Bombay plague: being a history of the progress of plague in the Bombay presidency from September 1896 to June 1899
Year: 1896
Disease focus: Plague
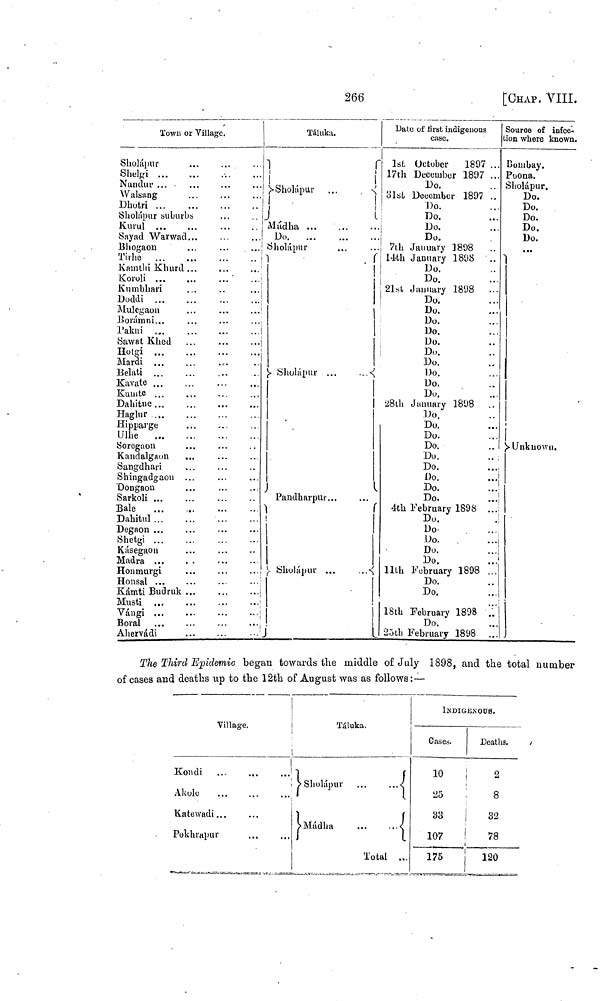
266
[CHAP. VIII.
Town or Village.
Sholápur
Shelgi ...
Nandur ...
Walsang
Dhotri ...
Sholápur suburbs
Kurul ...
Sayad Warwa
Bhogaon
Tirhe ...
Kamthi Khurd
Koroli . . .
Kumbhari
Doddi ...
Mulegaon
Borámni ...
Pakni
Sawat Khed
Hotgi ...
Mardi ...
Belati ...
Kavate ...
Kumte ...
Dahitne ...
Haglur ...
Hipparge
Ulhe
Soregaon
Kandalgaon
Sangdhari
Shingadgaon
Dongaon
Sarkoli ...
Bale
Dahitul ...
Degaon ...
Shetgi ...
Kásegaon
Madra ...
Honmurgi
Honsal ...
Kámti Budruk
Musti ...
Vángi ...
B oral
Ahervádi
...
...
...
...
...
....
...
...
...
...
...
..
...
...
...
...
...
...
...
...
...
...
...
...
...
...
...
...
...
...
...
...
...
...
...
..
...
···
...
...
...
...
..
...
...
...
...
...
...
..
...
Táluka.
Sholápur
...
Mádha
...
...
...
Do
...
...
...
Shálápur ... ...
Sholápur
Pandharpur...
!
Sholápur ...
Date of first indigenous
case.
1st October
1897 ...
17th December 1897 ...
Do.
31st December 1897 ...
Do.
Do.
Do.
Do.
7th January 1898
14th January 1898
...
Do.
Do.
21st January 1898
...
Do.
Do.
Do.
Do.
Do.
Do.
Do.
Do.
Do.
Do.
28th January 1898
..
Do. ...
Do. ...
Do. ...
Do. ...
Do. ...
Do. ...
Do.
...
Do.
...
Do.
...
4th February 1898
...
Do. ...
Do. ...
Do.
...
Do.
...
Do.
11th February 1898 ...
Do.
Do. ...
18th February 1898
..
Do.
25th February 1898
...
Source of infec.
tion where known.
Bombay.
Poona.
Sholápur.
Do.
Do.
Do.
Do.
Do.
...
Unknown.
The Third Epidemic began towards the middle of July 1898, and the total number
of cases and deaths up to the 12th of August was as follows:—
Village.
Kondi
Akole
Katewadi ...
Pokhrapur
...
...
...
...
...
...
...
Táluka.
Sholápur
Mádha
...
...
Total
...
...
...
INDIGENOUS.
Cases.
10
25
33
107
175
Deaths.
2
8
32
78
120